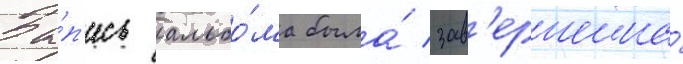
За́п'ись альбо́ма была́ зав'ершена́